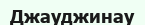
Джауджинау